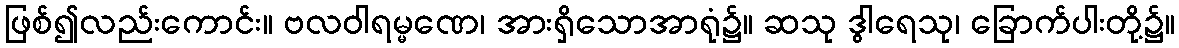
ဖြစ်၍လည်းကောင်း။ ဗလဝါရမ္မဏေ၊ အားရှိသောအာရုံ၌။ ဆသု ဒွါရေသု၊ ခြောက်ပါးတို့၌။